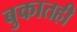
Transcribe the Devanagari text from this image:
बुकातही